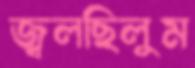
জ্বলছিলুম